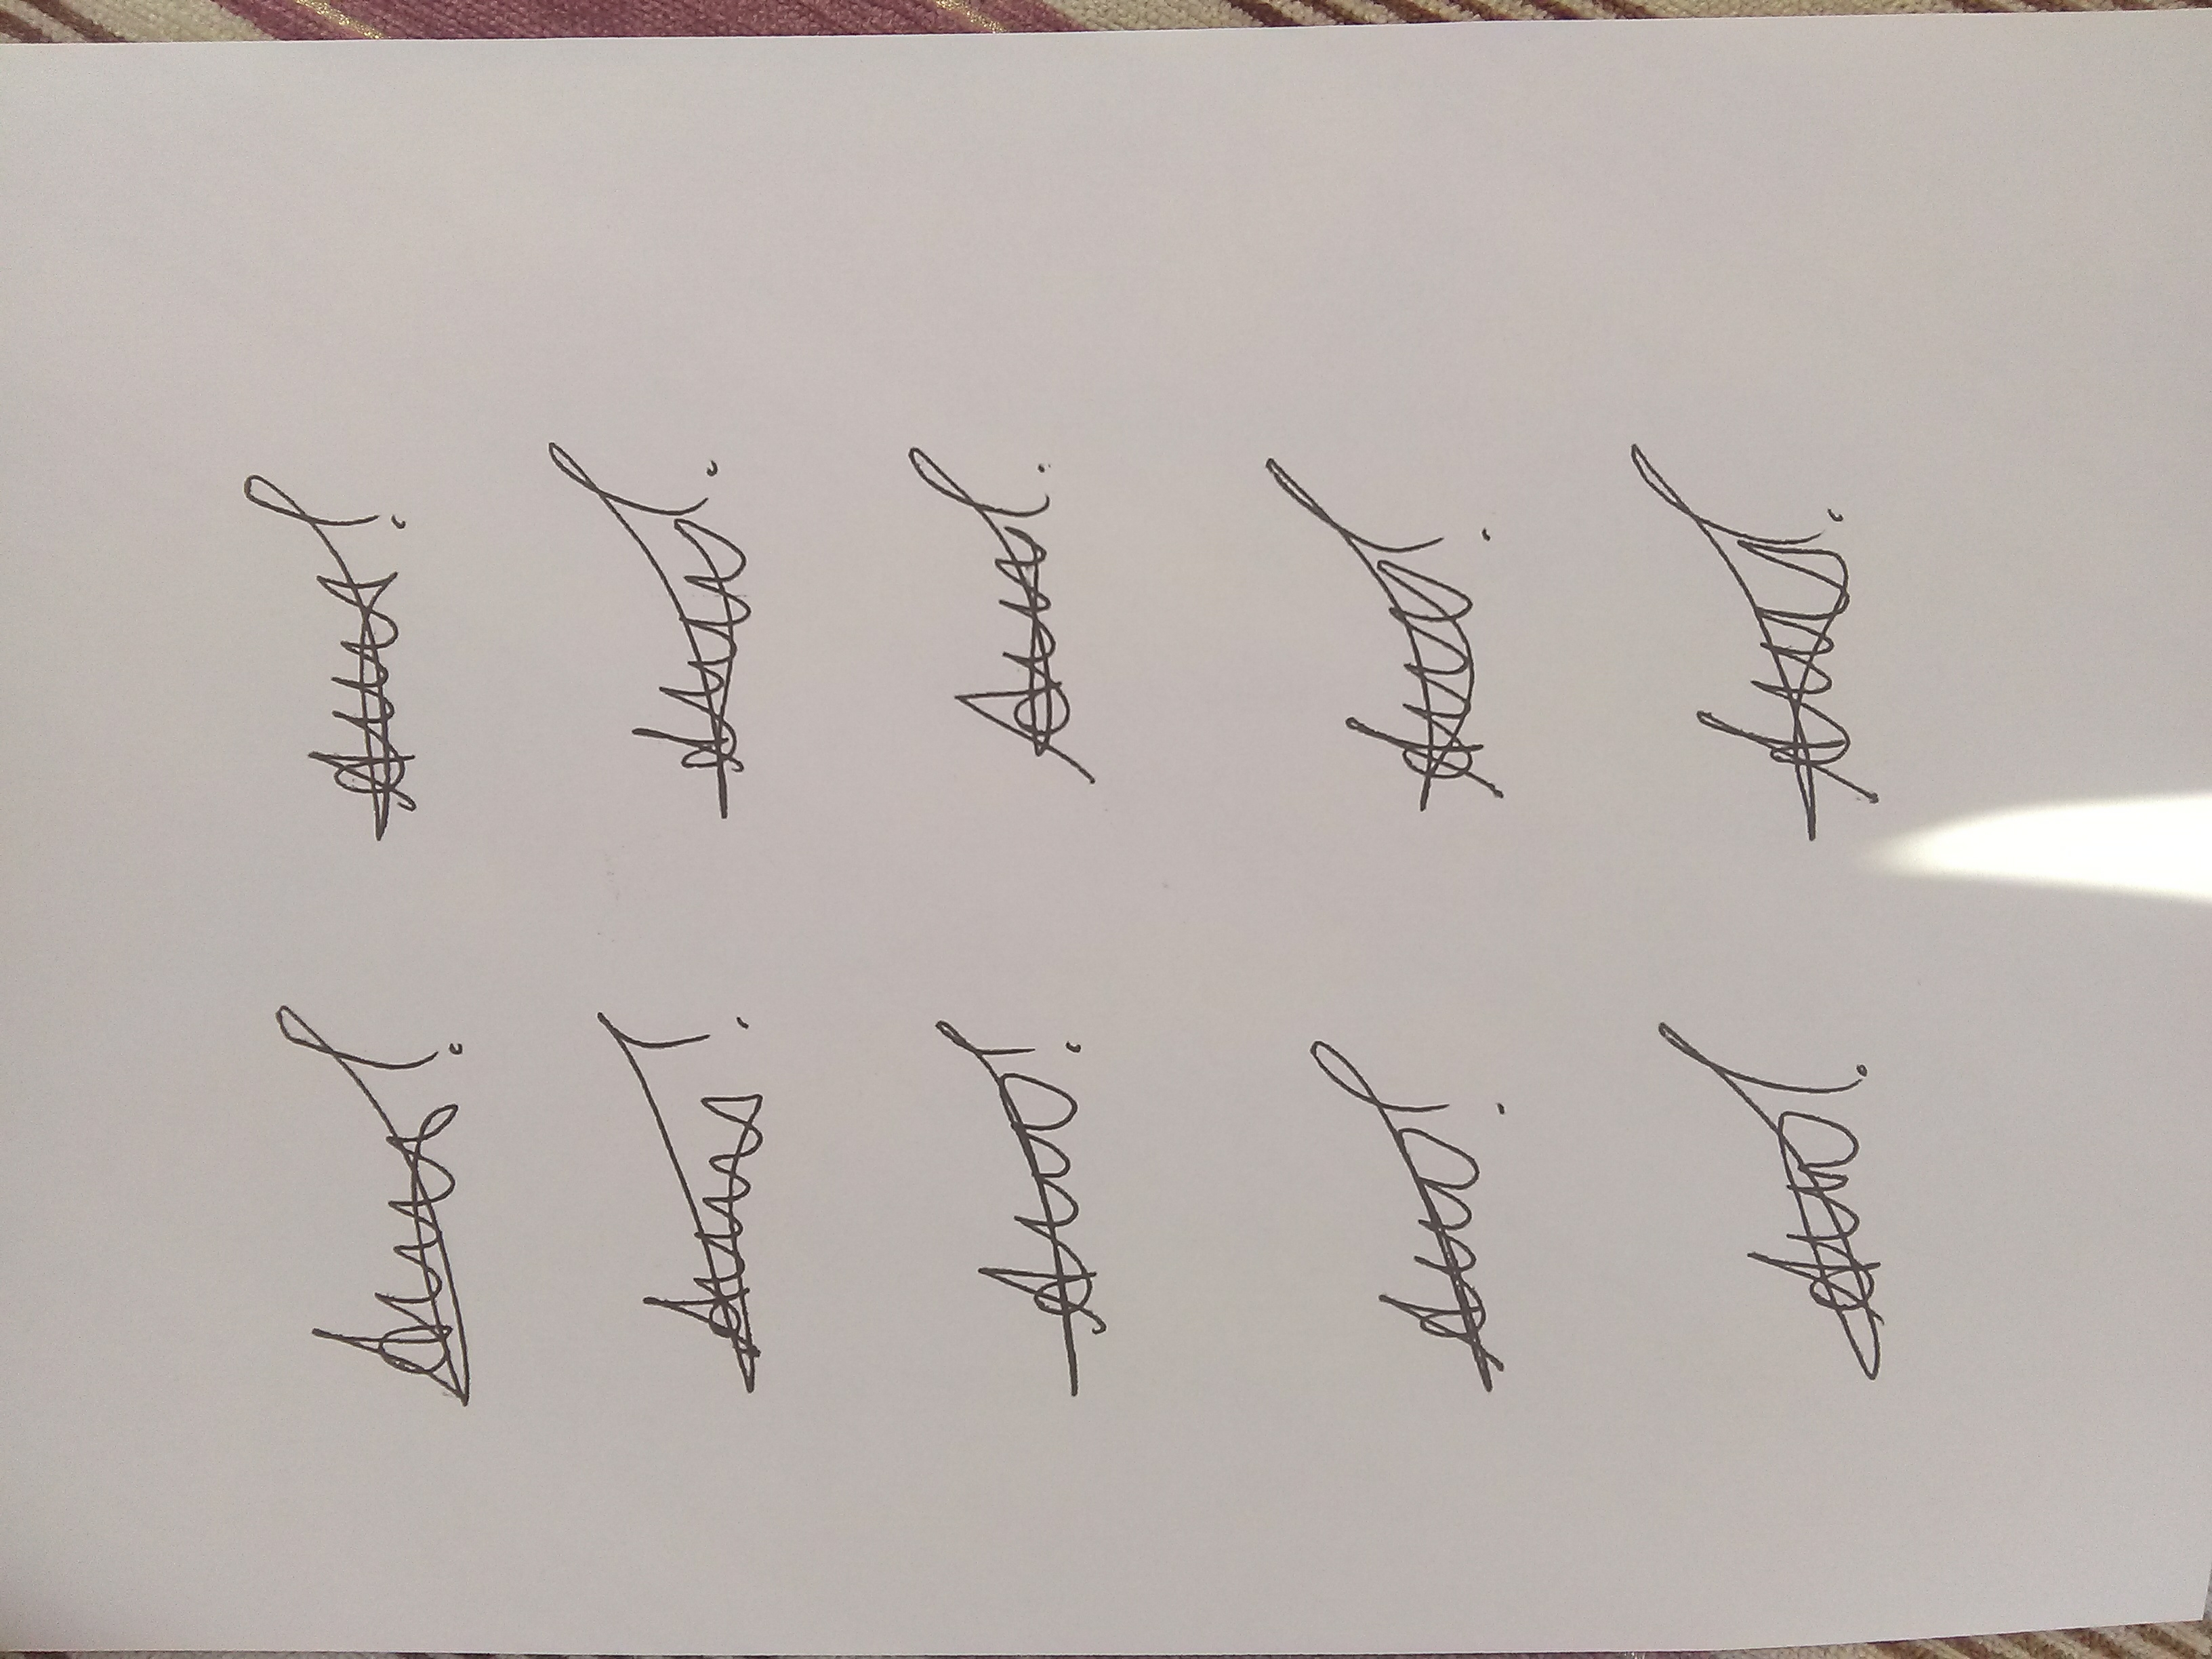
Signature authenticity: genuine